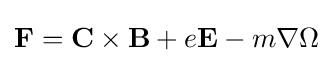
\mathbf {F} =\mathbf {C} \times \mathbf {B} +e\mathbf {E} -m\nabla \Omega